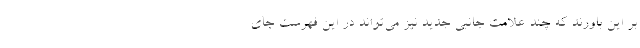
بر این باورند که چند علامت جانبی جدید نیز می‌تواند در این فهرست جای